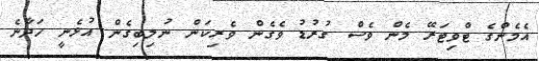
އެމެންގެ ޓްވިޓަރޭ މެން ވެސް ގުރުޑު ވެގެން ވެރިކަން ނުލިބިގެން އުޅެނީ ހަދާނެ